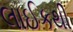
લાઈકથી